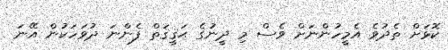
ކޮޅަށް ތެދުވެ އެމީހުންނަށް ވެސް މި ދީނުގެ ޙަޤީޤަތް ފެންނަ ދުވަހަކުން އޭނަ